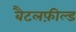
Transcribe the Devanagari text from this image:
बैटलफ़ील्ड